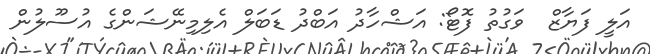
އަލީ ފަޔާޒް  ވަގުތު ފޮޓޯ: އަޝްހާދު އަބްދު ޑަބަލް އެލިމިނޭޝަންގެ އުސޫލުން